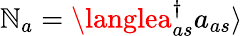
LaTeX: \mathbb{N}_{a}=\langlea_{as}^{\dagger}a_{as}\rangle